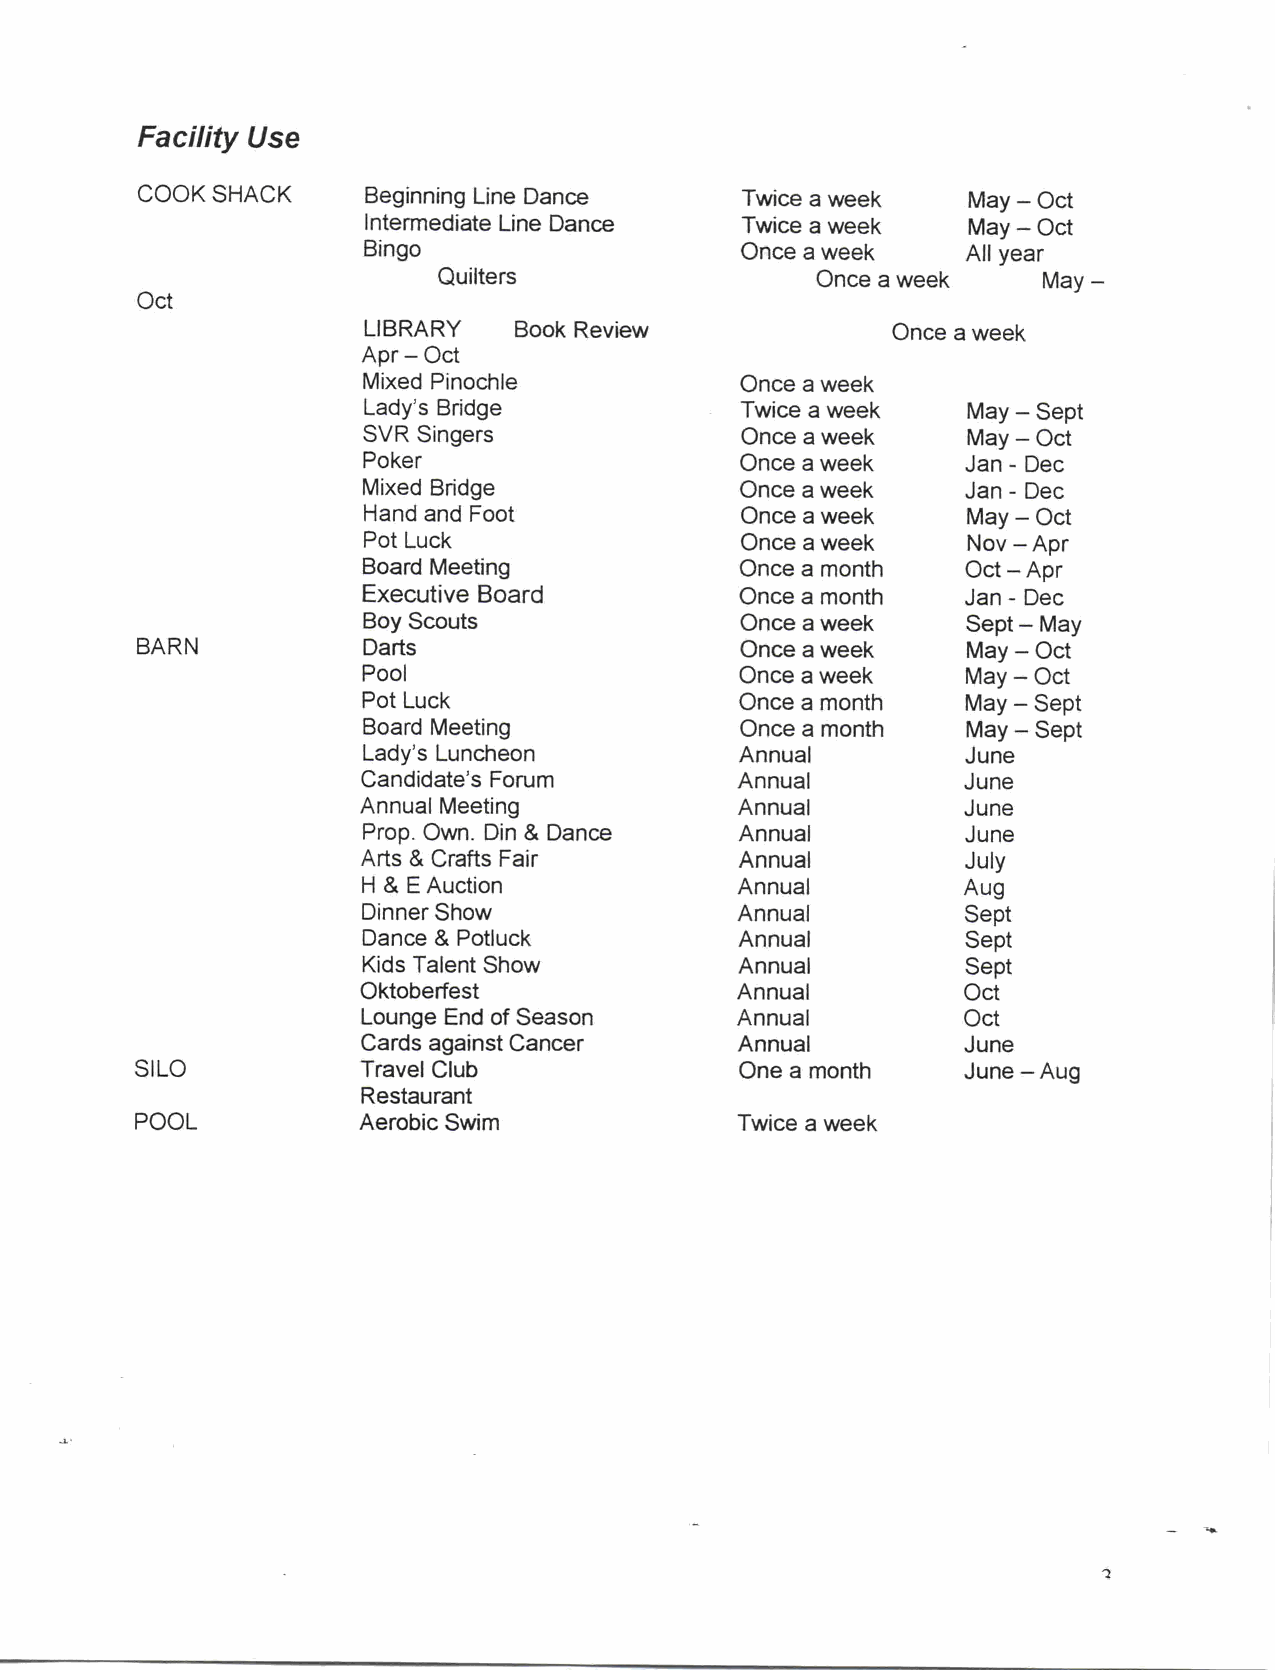
Facility Use
 COOK SHACK     Beginning Line Dance     Twice a week   May  Oct
 Intermediate Line Dance  Twice a week   May  Oct
 Bingo                    Once a week    All year
 Quilters                 Once a week    May
 Oct
 LIBRARY   Book Review              Once a week
 Apr Oct
 Mixed Pinochle           Once a week
 Lsady Bridge             Twice a week   May  Sept
 SVR Singers              Once a week    May  Oct
 Poker                    Once a week    Jan Dec
 Mixed Bridge             Once a week    Jan Dec
 Hand and Foot            Once a week    May  Oct
 Pot Luck                 Once a week    Nov Apr
 Board Meeting            Once a month   Oct Apr
 Executive Board          Once a month   Jan Dec
 Boy Scouts               Once a week    Sept May
 BARN           Darts                    Once a week    May  Oct
 Pool                     Once a week    May Oct
 Pot Luck                 Once a month   May Sept
 Board Meeting            Once a month   May  Sept
 Lsady Luncheon           Annual         June
 Csandidate Forum         Annual         June
 Annual Meeting           Annual         June
 Prop Own Din Dance       Annual         June
 Arts Crafts Fair         Annual         July
 H  E Auction             Annual         Aug
 Dinner Show              Annual         Sept
 Dance Potluck            Annual         Sept
 Kids Talent Show         Annual         Sept
 Oktoberfest              Annual         Oct
 Lounge End of Season     Annual         Oct
 Cards against Cancer     Annual         June
 SILO           Travel Club              One a month    June Aug
 Restaurant
 POOL           Aerobic Swim             Twice a week